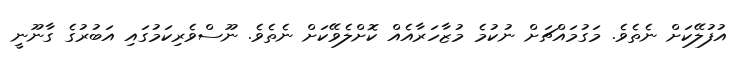
އުފުލޭކަށް ނެތެވެ. މަގުމައްޗަށް ނުކުމެ މުޒާހަރާއެއް ކޮށްލެވޭކަށް ނެތެވެ. ނޫސްވެރިކަމުގައި އަބުރުގެ ގާނޫނީ